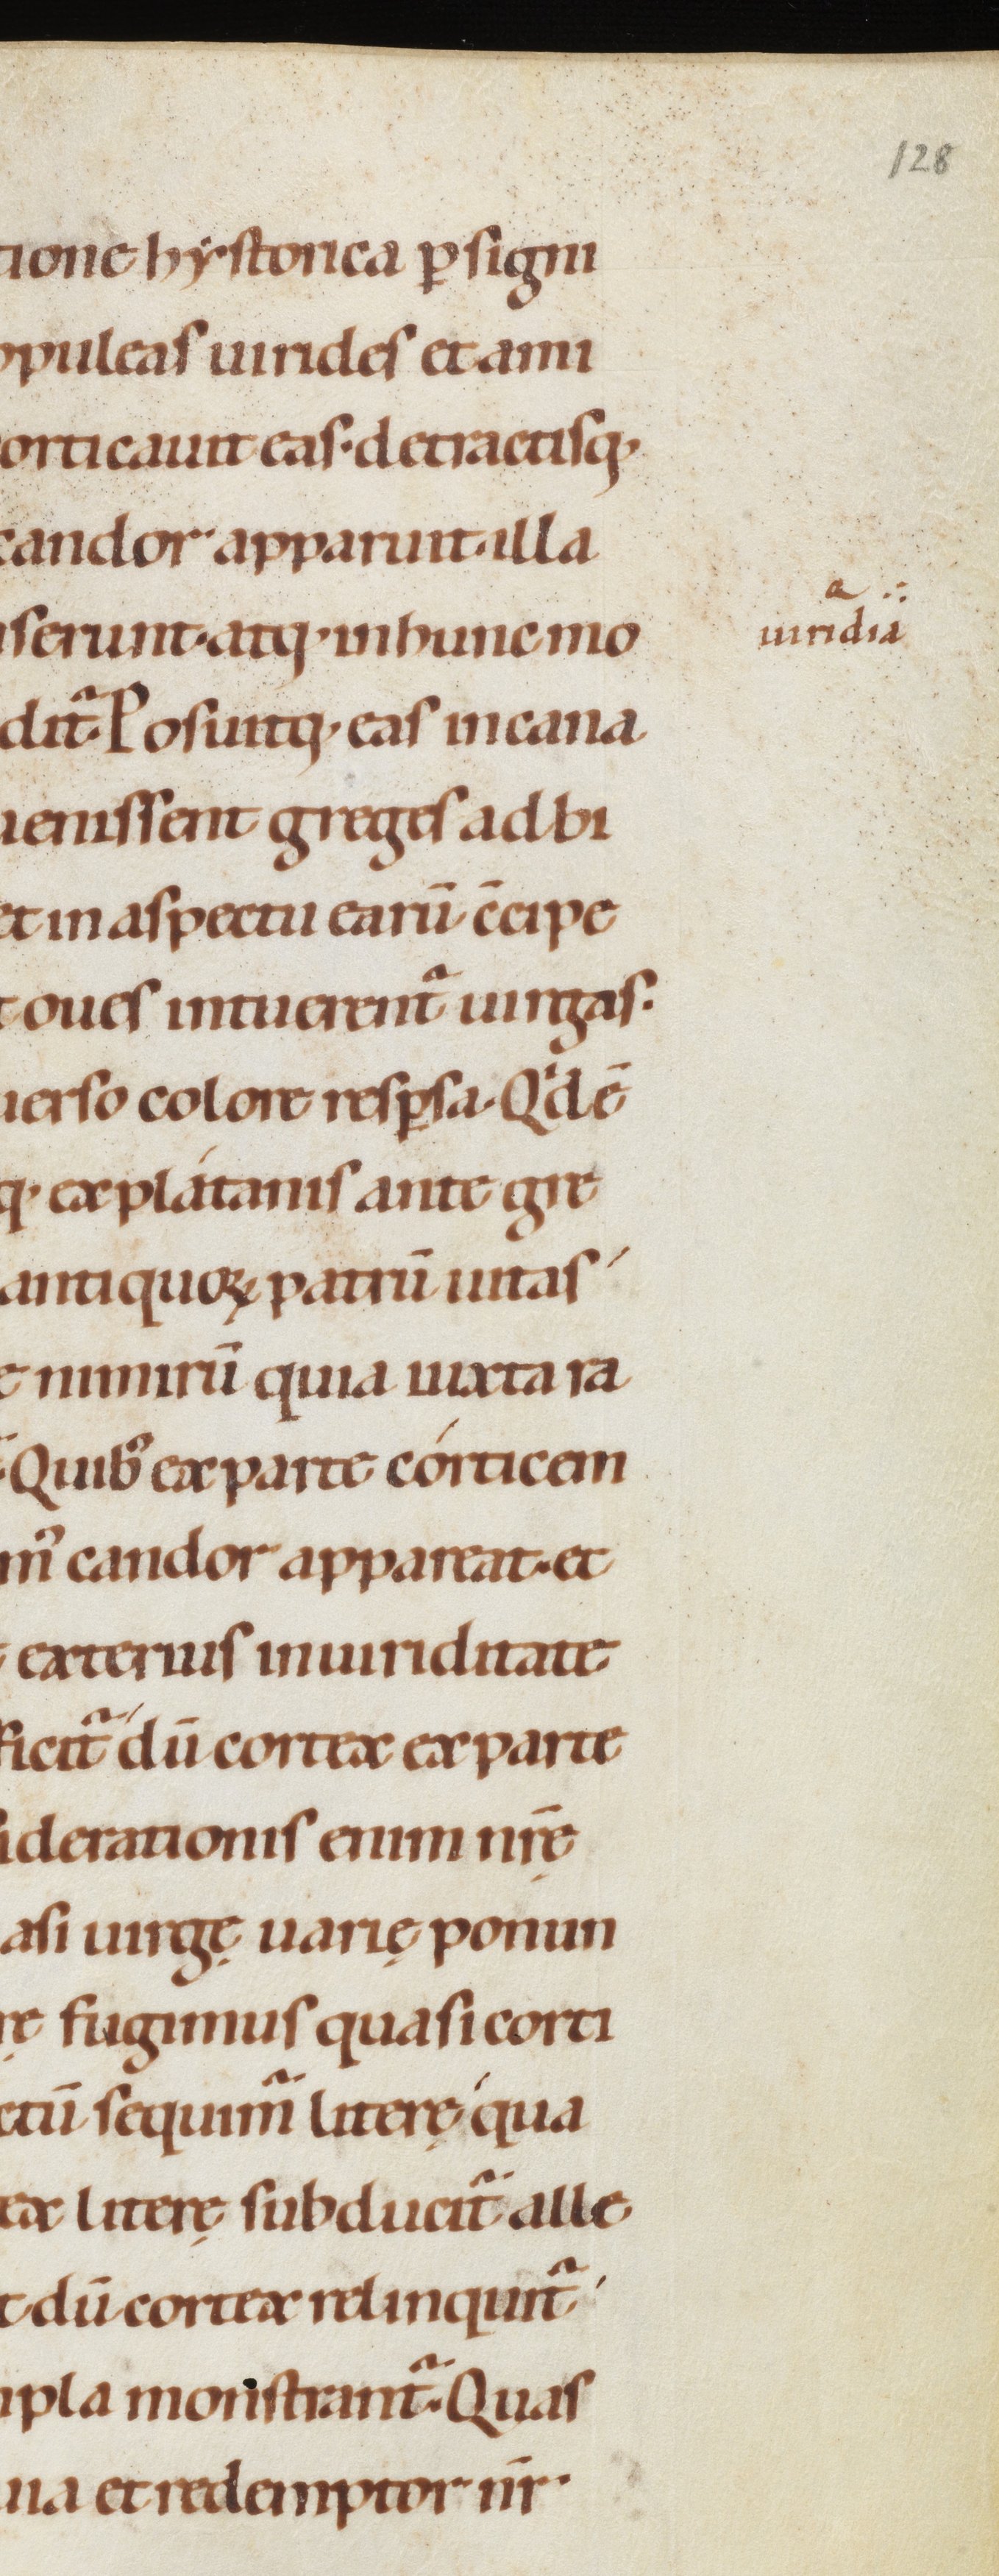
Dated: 1080–1096